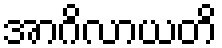
အာဂိလာယတိ